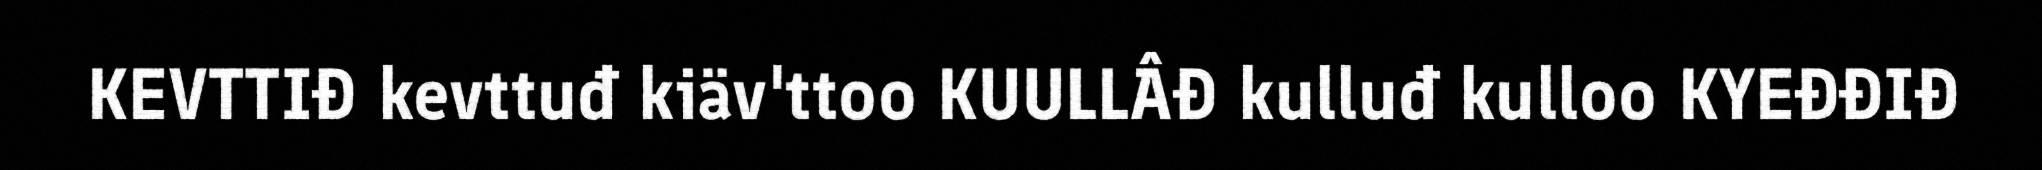
KEVTTIĐ kevttuđ kiäv'ttoo KUULLÂĐ kulluđ kulloo KYEĐĐIĐ